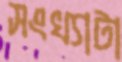
সংখ্যাটা